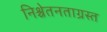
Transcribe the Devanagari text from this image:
निश्चेतनताग्रस्त